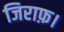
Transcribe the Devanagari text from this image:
जिराफ़।